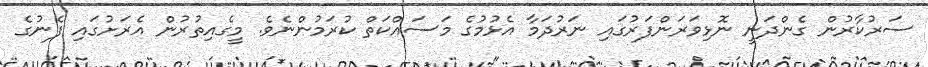
ސަރުކާރުން ގެންދަނީ ނޮޅިވަރަންފަރުގައި ނަރުދަމާ އެޅުމުގެ މަސައްކަތް ކުރަމުންނެވެ. މީގެއިތުރުން އެރަށުގައި ފެނުގެ